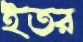
ইতর